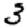
Digit: 3